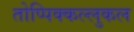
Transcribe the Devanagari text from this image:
तोप्पिक्कल्लुकल